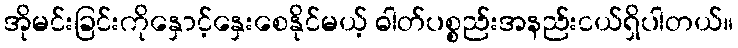
အိုမင်းခြင်းကိုနှောင့်နှေးစေနိုင်မယ့် ဓါတ်ပစ္စည်းအနည်းငယ်ရှိပါတယ်။